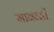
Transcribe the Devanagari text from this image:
मानव्ती